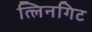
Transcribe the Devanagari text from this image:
त्लिनगिट